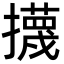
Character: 㩢